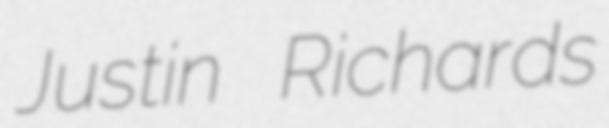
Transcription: Justin Richards